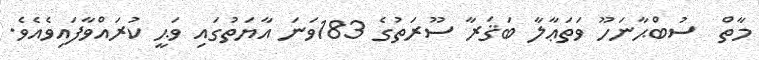
މާތް  ސުބްޙާނަހޫ ވަތަޢާލާ ބަޤަރާ ސޫރަތުގެ 183ވަނަ އާޔަތުގައި ވަޙީ ކުރައްވާފައިވެއެވެ.